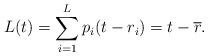
\begin{align*} L(t) = \sum_{i=1}^L p_i(t-r_i) = t - \overline{r}.\end{align*}